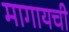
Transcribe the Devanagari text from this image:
मागायची